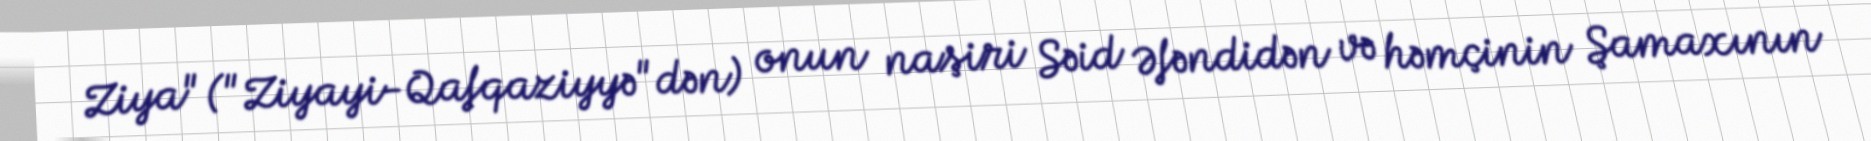
Ziya" ("Ziyayi-Qafqaziyyə"dən) onun naşiri Səid Əfəndidən və həmçinin Şamaxının